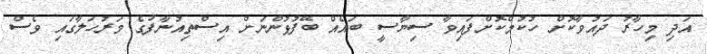
އަދި މިހާރު ދައުވާކޮށް ހުކުމްކޮށްފައިވާ ސިޔާސީ ބައެއް ބޭފުޅުންނަށް އިސްތިއުނާފުގެ މަރުހަލާގައި ވެސް